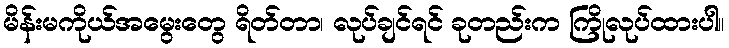
မိန်းမကိုယ်အမွေးတွေ ရိတ်တာ၊ လုပ်ချင်ရင် ခုတည်းက ကြိုလုပ်ထားပါ။